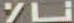
نال